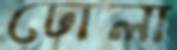
ঢোলা